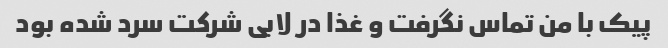
پیک با من تماس نگرفت و غذا در لابی شرکت سرد شده بود